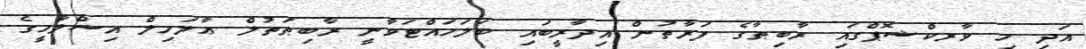
އަދި މި ވާރކްޝޮޕްގައި ރާބިޠާގެ ފަރާތުން އިދާރީބައި ބަލަހައްޓަވާނީ ރާބިޠަތުލް ޢާލަމިލް އިސްލާމީގެ